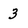
Character: 3